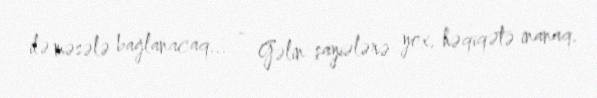
ilə məsələ bağlanacaq... - Gəlin şayiələrə yox, həqiqətə inanaq.